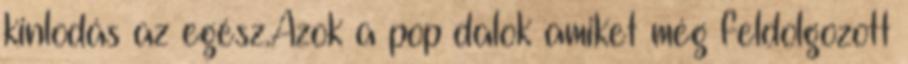
kinlodás az egész.Azok a pop dalok amiket még feldolgozott